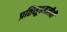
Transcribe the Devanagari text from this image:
प्रतिसूक्ष्मजीवी